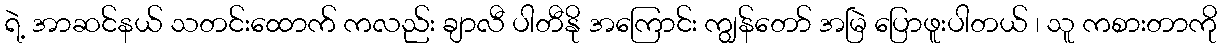
ရဲ့ အာဆင်နယ် သတင်းထောက် ကလည်း ချာလီ ပါတီနို အကြောင်း ကျွန်တော် အမြဲ ပြောဖူးပါတယ် ၊ သူ ကစားတာကို